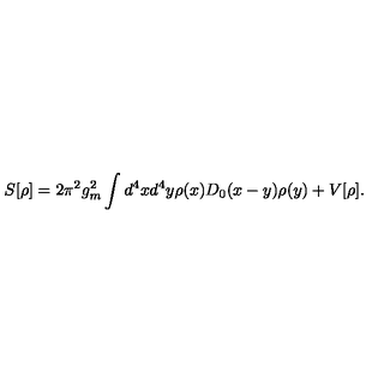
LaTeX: S [ \rho ] = 2 \pi ^ { 2 } g _ { m } ^ { 2 } \int d ^ { 4 } x d ^ { 4 } y \rho ( x ) D _ { 0 } ( x - y ) \rho ( y ) + V [ \rho ] .